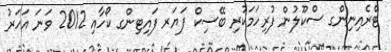
ޓްރެއިނިންގ ސްކޫލުން ފުރިހަމަކުރި ބޭސިކް ފަޔަރ ފައިޓިންގ ކޯހާއި 2012 ވަނަ އަހަރު